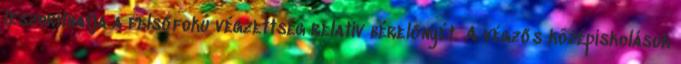
leszoríthatja a felsőfokú végzettség relatív bérelőnyét. A végzős középiskolások